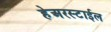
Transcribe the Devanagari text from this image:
हेअरस्टाईल